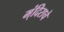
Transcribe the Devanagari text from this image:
म्ंदिराचे